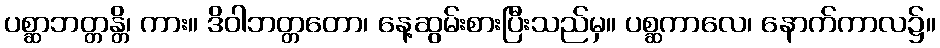
ပစ္ဆာဘတ္တန္တိ၊ ကား။ ဒိဝါဘတ္တတော၊ နေ့ဆွမ်းစားပြီးသည်မှ။ ပစ္ဆကာလေ၊ နောက်ကာလ၌။